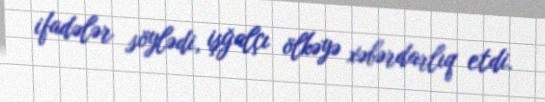
ifadələr söylədi, işğalçı ölkəyə xəbərdarlıq etdi.